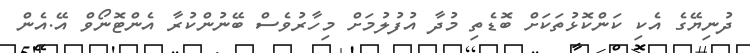
ދުނިޔޭގެ އެކި ކަންކޮޅުތަކަށް ބޮޑެތި މުދާ އުފުލުމަށް މިހާރުވެސް ބޭނުންކުރާ އެންޓޮނޯވް އޭ.އެން